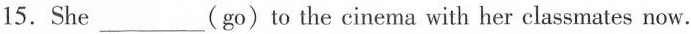
15.She ___ (go)to the cinema with her classmates now.